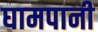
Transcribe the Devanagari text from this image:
घामपानी